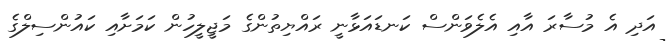
އަދި އެ މުސާރަ އާއި އެލެވަންސް ކަނޑައަޅާނީ ރައްޔިތުންގެ މަޖީލީހުން ކަމަށާއި ކައުންސިލްގެ